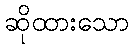
ဆိုထားသော